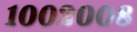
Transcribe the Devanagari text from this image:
१००२००८